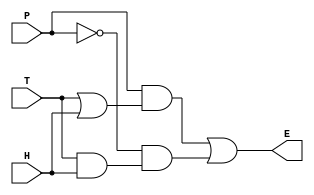
// WARNING: Do NOT edit the input and output ports in this file in a text
// editor if you plan to continue editing the block that represents it in
// the Block Editor! File corruption is VERY likely to occur.

// Copyright (C) 2022  Intel Corporation. All rights reserved.
// Your use of Intel Corporation's design tools, logic functions
// and other software and tools, and any partner logic
// functions, and any output files from any of the foregoing
// (including device programming or simulation files), and any
// associated documentation or information are expressly subject
// to the terms and conditions of the Intel Program License
// Subscription Agreement, the Intel Quartus Prime License Agreement,
// the Intel FPGA IP License Agreement, or other applicable license
// agreement, including, without limitation, that your use is for
// the sole purpose of programming logic devices manufactured by
// Intel and sold by Intel or its authorized distributors.  Please
// refer to the applicable agreement for further details, at
// https://fpgasoftware.intel.com/eula.


// Generated by Quartus Prime Version 21.1 (Build Build 850 06/23/2022)
// Created on Fri Feb 17 14:47:22 2023

//  Module Declaration
module normal
(
	// {{ALTERA_ARGS_BEGIN}} DO NOT REMOVE THIS LINE!
	P, H, T, E
	// {{ALTERA_ARGS_END}} DO NOT REMOVE THIS LINE!
);
// Port Declaration

	// {{ALTERA_IO_BEGIN}} DO NOT REMOVE THIS LINE!
	input P;
	input H;
	input T;
	output E;
	// {{ALTERA_IO_END}} DO NOT REMOVE THIS LINE!

assign E = (P & (T | H))| (~P &(T & H));

endmodule